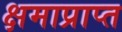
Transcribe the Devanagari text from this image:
क्षमाप्राप्त